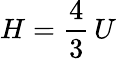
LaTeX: H={\frac{4}{3}}\, U